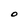
Character: O